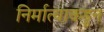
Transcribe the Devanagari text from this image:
निर्मात्याकडून